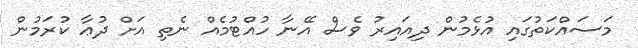
މަސައްކަތުގައި އުޅެމުން ދިއައިރު ވެސް އޭނާ ހުއްޓުމެއް ނެތި އަށް ދުޢާ ކުރަމުން